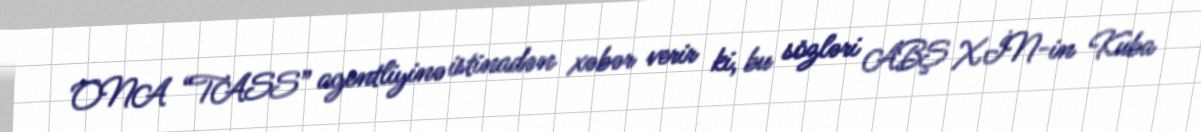
ONA “TASS” agentliyinə istinadən xəbər verir ki, bu sözləri ABŞ XİN-in Kuba